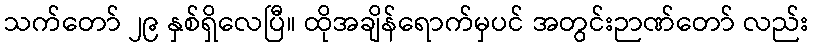
သက်တော် ၂၉ နှစ်ရှိလေပြီ။ ထိုအချိန်ရောက်မှပင် အတွင်းဉာဏ်တော် လည်း